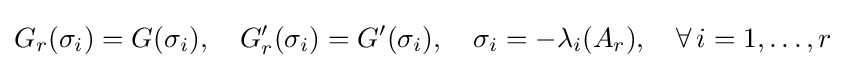
G_{r}(\sigma _{i})=G(\sigma _{i}),\quad G_{r}^{\prime }(\sigma _{i})=G^{\prime }(\sigma _{i}),\quad \sigma _{i}=-\lambda _{i}(A_{r}),\quad \forall \,i=1,\ldots ,r